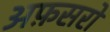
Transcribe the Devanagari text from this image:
अफ़सरो